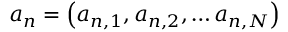
\boldsymbol { a _ { n } } = \left( a _ { n , 1 } , a _ { n , 2 } , \ldots a _ { n , N } \right)